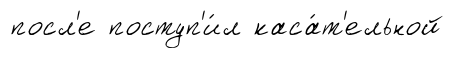
посл'е поступ'и́л каса́т'ельной